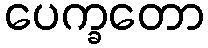
ပေက္ခတော